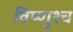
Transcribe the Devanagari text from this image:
विष्णुश्च